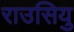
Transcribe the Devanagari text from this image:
राउसियु